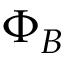
\Phi _ { B }